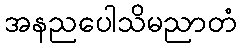
အနညပေါသိမညာတံ